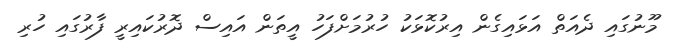
މޫނުގައި ދެއަތް އަޅައިގެން އިރުކޮޅަކު ހުރުމަށްފަހު އީތަން އައިސް ދޮރުކައިރީ ފާރުގައި ހުރި